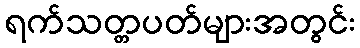
ရက်သတ္တပတ်များအတွင်း